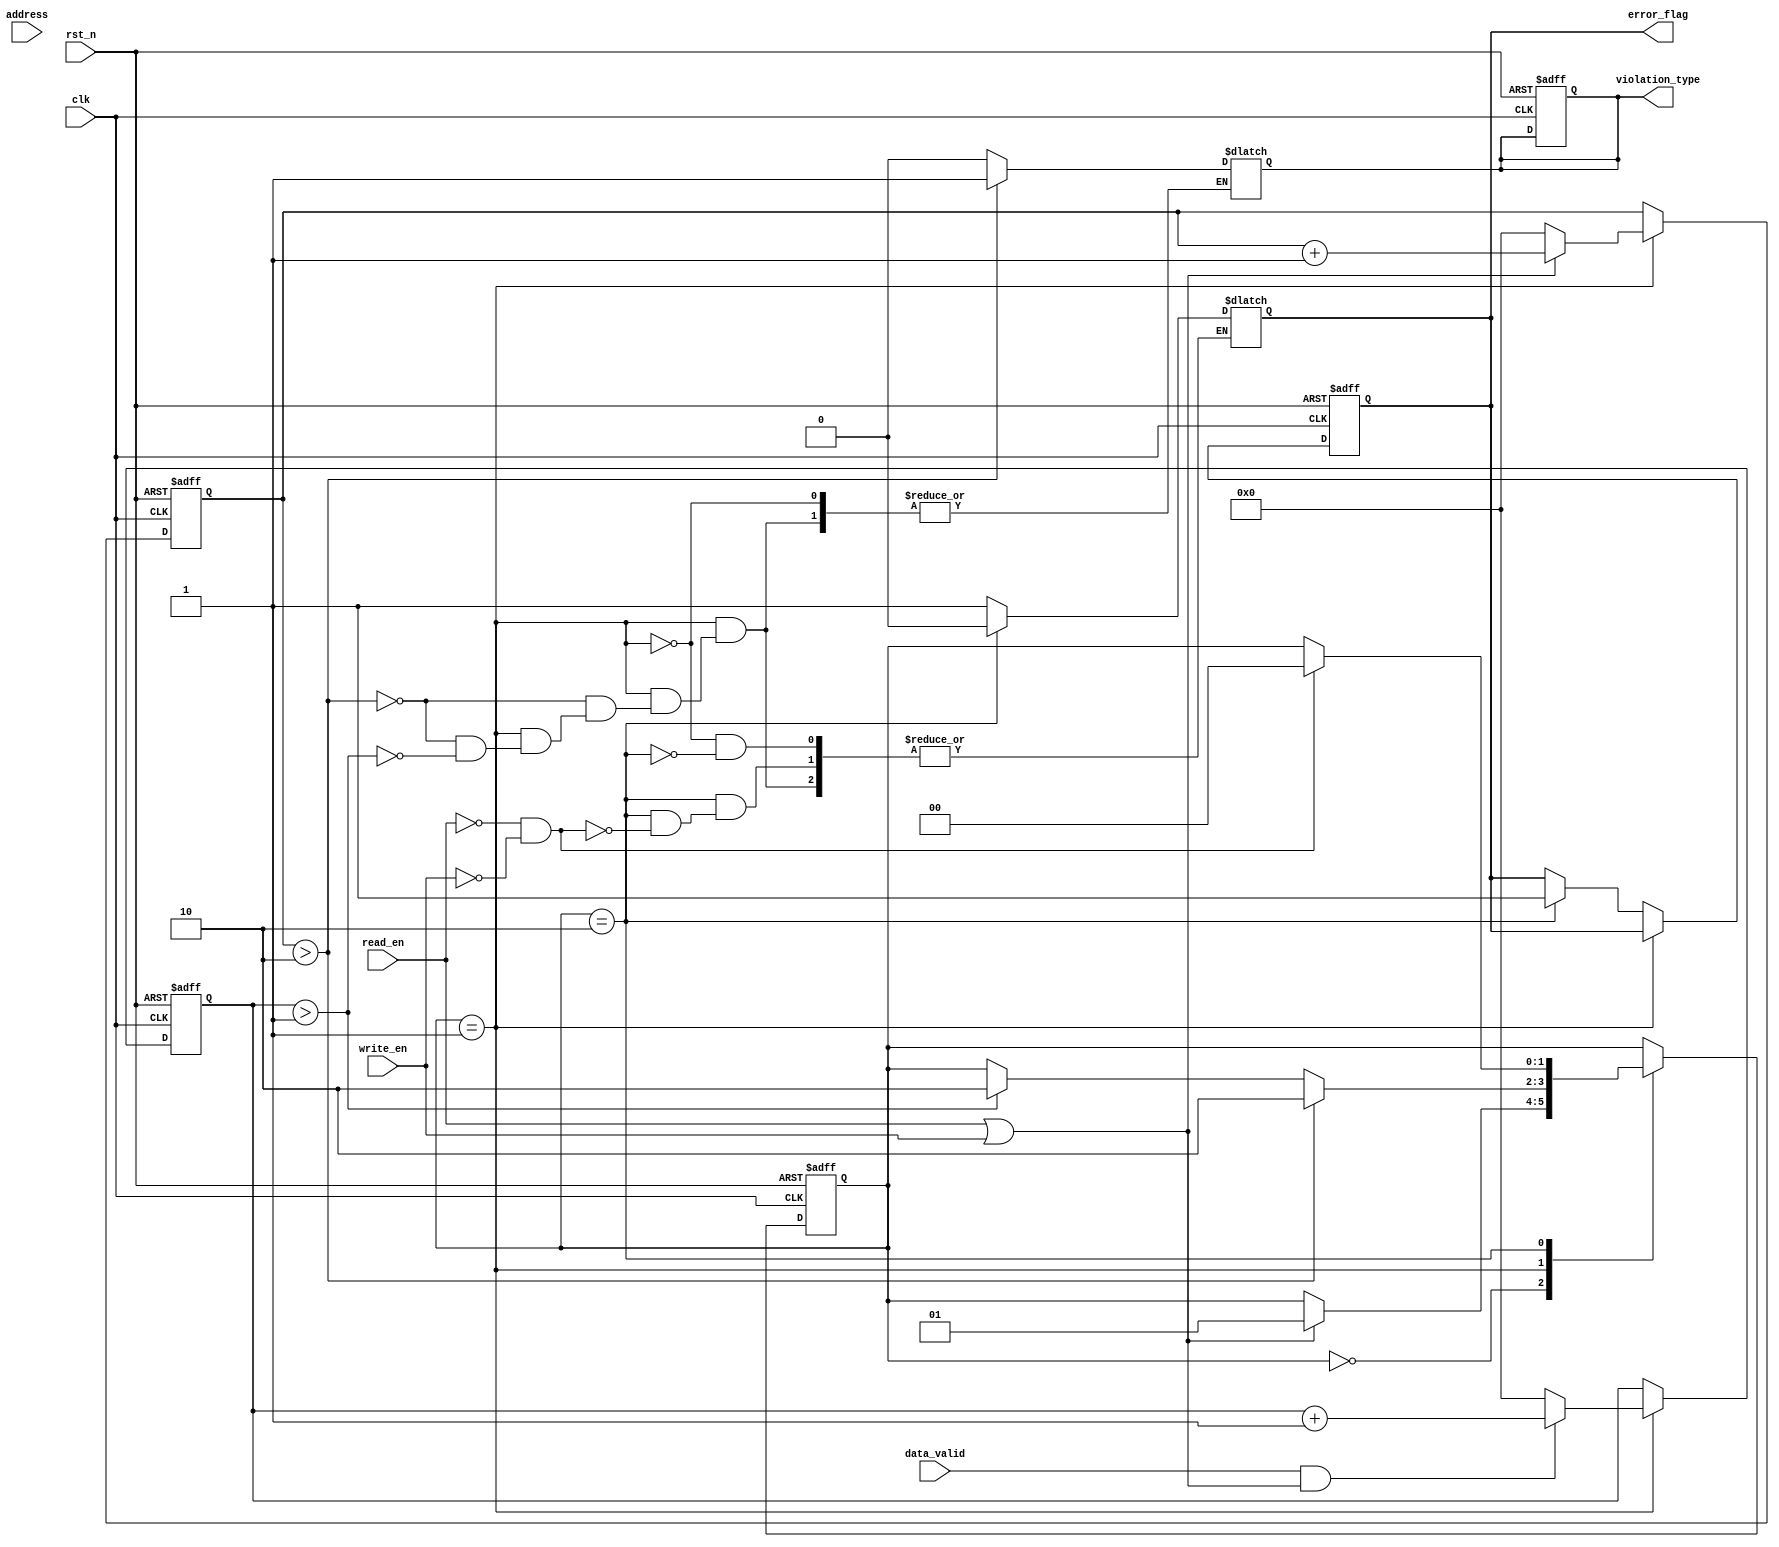
module MemoryBlocksTimeBorrowingDetector (
    input wire clk,                // Clock input
    input wire rst_n,              // Active low reset
    input wire read_en,            // Read enable signal
    input wire write_en,           // Write enable signal
    input wire data_valid,         // Data valid signal
    input wire [15:0] address,     // Address signal (example width)
    
    output reg error_flag,         // Error flag output
    output reg violation_type       // 1 for setup violation, 0 for hold violation
);

    // Parameters for thresholds (in clock cycles)
    parameter SETUP_THRESHOLD = 2;  // Example setup time threshold
    parameter HOLD_THRESHOLD = 1;    // Example hold time threshold

    // Internal timing variables
    reg [3:0] setup_time_counter;    // Counter for measuring setup time
    reg [3:0] hold_time_counter;      // Counter for measuring hold time
    reg last_read_en, last_write_en; // Registers to hold previous states

    // State declaration for the state machine
    parameter IDLE = 2'b00;
    parameter MONITOR = 2'b01;
    parameter ERROR = 2'b10;
    reg [1:0] state, next_state;

    // Sequential logic for state management and counters
    always @(posedge clk or negedge rst_n) begin
        if (!rst_n) begin
            state <= IDLE;
            setup_time_counter <= 0;
            hold_time_counter <= 0;
            error_flag <= 0;
            violation_type <= 0;
        end else begin
            state <= next_state;

            if (state == MONITOR) begin
                // Increment setup and hold time counters
                if (read_en || write_en) begin
                    setup_time_counter <= setup_time_counter + 1;
                end else begin
                    setup_time_counter <= 0;
                end

                if (data_valid && (read_en || write_en)) begin
                    hold_time_counter <= hold_time_counter + 1;
                end else begin
                    hold_time_counter <= 0;
                end
            end else if (state == ERROR) begin
                // In ERROR state, keep error flag high
                error_flag <= 1;
            end
        end
    end

    // Combinational logic for state transitions and error detection
    always @(*) begin
        next_state = state; // Default to holding the same state

        case (state)
            IDLE: begin
                if (read_en || write_en) begin
                    next_state = MONITOR;
                end
            end
            
            MONITOR: begin
                if (setup_time_counter > SETUP_THRESHOLD) begin
                    error_flag = 1;
                    violation_type = 1; // Setup violation
                    next_state = ERROR;
                end else if (hold_time_counter > HOLD_THRESHOLD) begin
                    error_flag = 1;
                    violation_type = 0; // Hold violation
                    next_state = ERROR;
                end
            end
            
            ERROR: begin
                if (!read_en && !write_en) begin
                    error_flag = 0; // Clear error flag when no operation
                    next_state = IDLE; // Return to IDLE state
                end
            end
        endcase
    end
endmodule